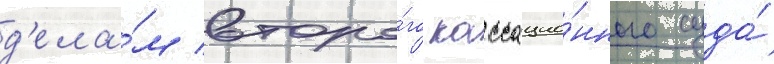
д'ела́м второ́го кассацио́нного суда́